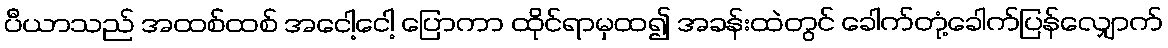
ပီယာသည် အထစ်ထစ် အငေါ့ငေါ့ ပြောကာ ထိုင်ရာမှထ၍ အခန်းထဲတွင် ခေါက်တုံ့ခေါက်ပြန်လျှောက်